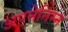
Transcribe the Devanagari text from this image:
अपनेनिम्न